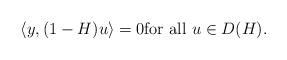
LaTeX: \begin{align*} \langle y, (1-H)u\rangle =0 \mbox{for all } u \in D(H).\end{align*}